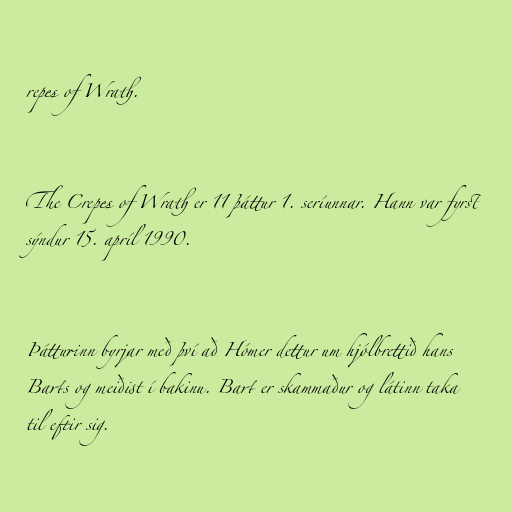
repes of Wrath.

The Crepes of Wrath er 11 þáttur 1. seríunnar. Hann var fyrst
sýndur 15. apríl 1990.

Þátturinn byrjar með því að Hómer dettur um hjólbrettið hans
Barts og meiðist í bakinu. Bart er skammaður og látinn taka
til eftir sig.